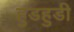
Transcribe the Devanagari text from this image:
हुडहुडी